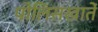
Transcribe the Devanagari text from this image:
पोलिसखातें